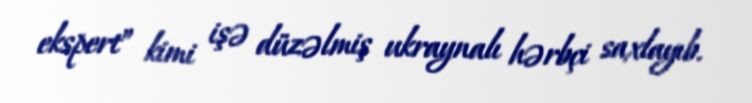
ekspert” kimi işə düzəlmiş ukraynalı hərbçi saxlayıb.